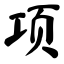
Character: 项